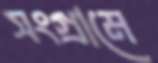
সংগ্রামে